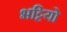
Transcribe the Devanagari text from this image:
भट्टियो